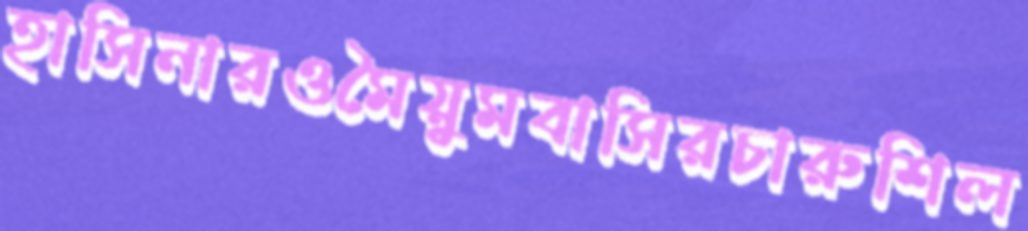
হাসিনারওমৈয়ুমবাসিরচারুশিল